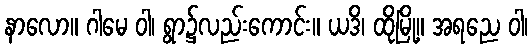
နာလော။ ဂါမေ ဝါ၊ ရွာ၌လည်းကောင်း။ ယဒိ၊ ထိုမြို့။ အရညေ ဝါ၊